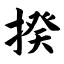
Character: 揆